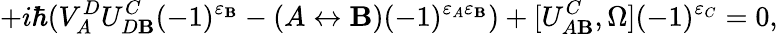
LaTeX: +i\hbar(V_{A}^{D}U_{D\mathbf{B}}^{C}(-1)^{\varepsilon_{\mathbf{B}}}-(A\leftrightarrow\mathbf{B})(-1)^{\varepsilon_{A}\varepsilon_{\mathbf{B}}})+[U_{A\mathbf{B}}^{C},\Omega](-1)^{\varepsilon_{C}}=0,